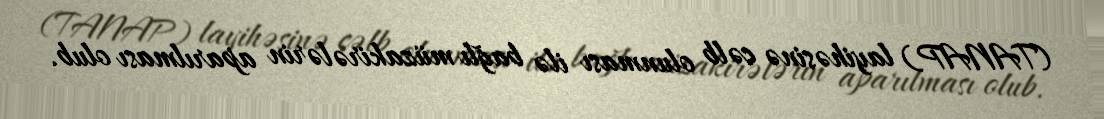
(TANAP) layihəsinə cəlb olunması ilə bağlı müzakirələrin aparılması olub.